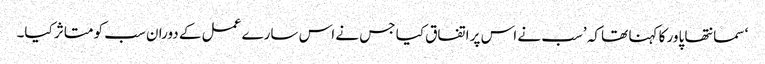
‘ سمانتھا پاور کا کہنا تھا کہ ’سب نے اس پر اتفاق کیا جس نے اس سارے عمل کے دوران سب کو متاثر کیا۔